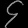
Digit: ၄